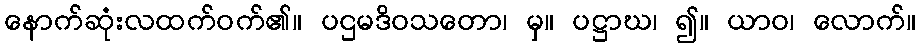
နောက်ဆုံးလထက်ဝက်၏။ ပဌမဒိဝသတော၊ မှ။ ပဋ္ဌာဃ၊ ၍။ ယာဝ၊ လောက်။